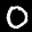
Label: 0